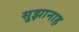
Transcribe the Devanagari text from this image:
सुझानाह